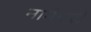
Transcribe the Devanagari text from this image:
नागेश्वरी